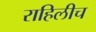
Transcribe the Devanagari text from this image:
राहिलीच